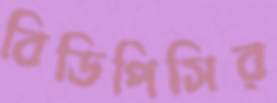
বিডিপিসির